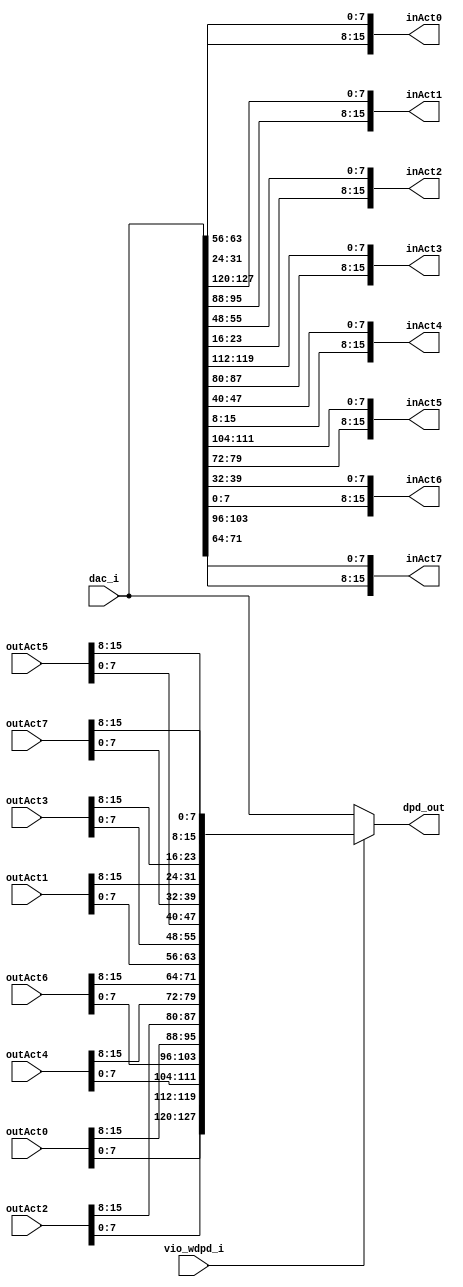
// For PRVTDNN etc.
module inOutAct (
    input  [127:0] dac_i,
    output [127:0] dpd_out,

    output [15:0] inAct0,
    output [15:0] inAct1,
    output [15:0] inAct2,
    output [15:0] inAct3,
    output [15:0] inAct4,
    output [15:0] inAct5,
    output [15:0] inAct6,
    output [15:0] inAct7,

    input [15:0] outAct0,
    input [15:0] outAct1,
    input [15:0] outAct2,
    input [15:0] outAct3,
    input [15:0] outAct4,
    input [15:0] outAct5,
    input [15:0] outAct6,
    input [15:0] outAct7,

    input vio_wdpd_i
);

  assign inAct0 = {dac_i[24+:8], dac_i[56+:8]};
  assign inAct1 = {dac_i[88+:8], dac_i[120+:8]};
  assign inAct2 = {dac_i[16+:8], dac_i[48+:8]};
  assign inAct3 = {dac_i[80+:8], dac_i[112+:8]};
  assign inAct4 = {dac_i[8+:8], dac_i[40+:8]};
  assign inAct5 = {dac_i[72+:8], dac_i[104+:8]};
  assign inAct6 = {dac_i[0+:8], dac_i[32+:8]};
  assign inAct7 = {dac_i[64+:8], dac_i[96+:8]};



  wire [31:0] lane0;
  wire [31:0] lane1;
  wire [31:0] lane2;
  wire [31:0] lane3;

  assign lane0   = {outAct1[15:8], outAct3[15:8], outAct5[15:8], outAct7[15:8]};
  assign lane1   = {outAct1[7:0], outAct3[7:0], outAct5[7:0], outAct7[7:0]};
  assign lane2   = {outAct0[15:8], outAct2[15:8], outAct4[15:8], outAct6[15:8]};
  assign lane3   = {outAct0[7:0], outAct2[7:0], outAct4[7:0], outAct6[7:0]};

  assign dpd_out = vio_wdpd_i ? {lane3, lane2, lane1, lane0} : dac_i;


endmodule